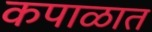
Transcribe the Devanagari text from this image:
कपाळात